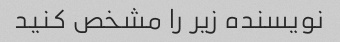
نویسنده زیر را مشخص کنید